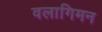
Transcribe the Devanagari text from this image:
वलागिमन